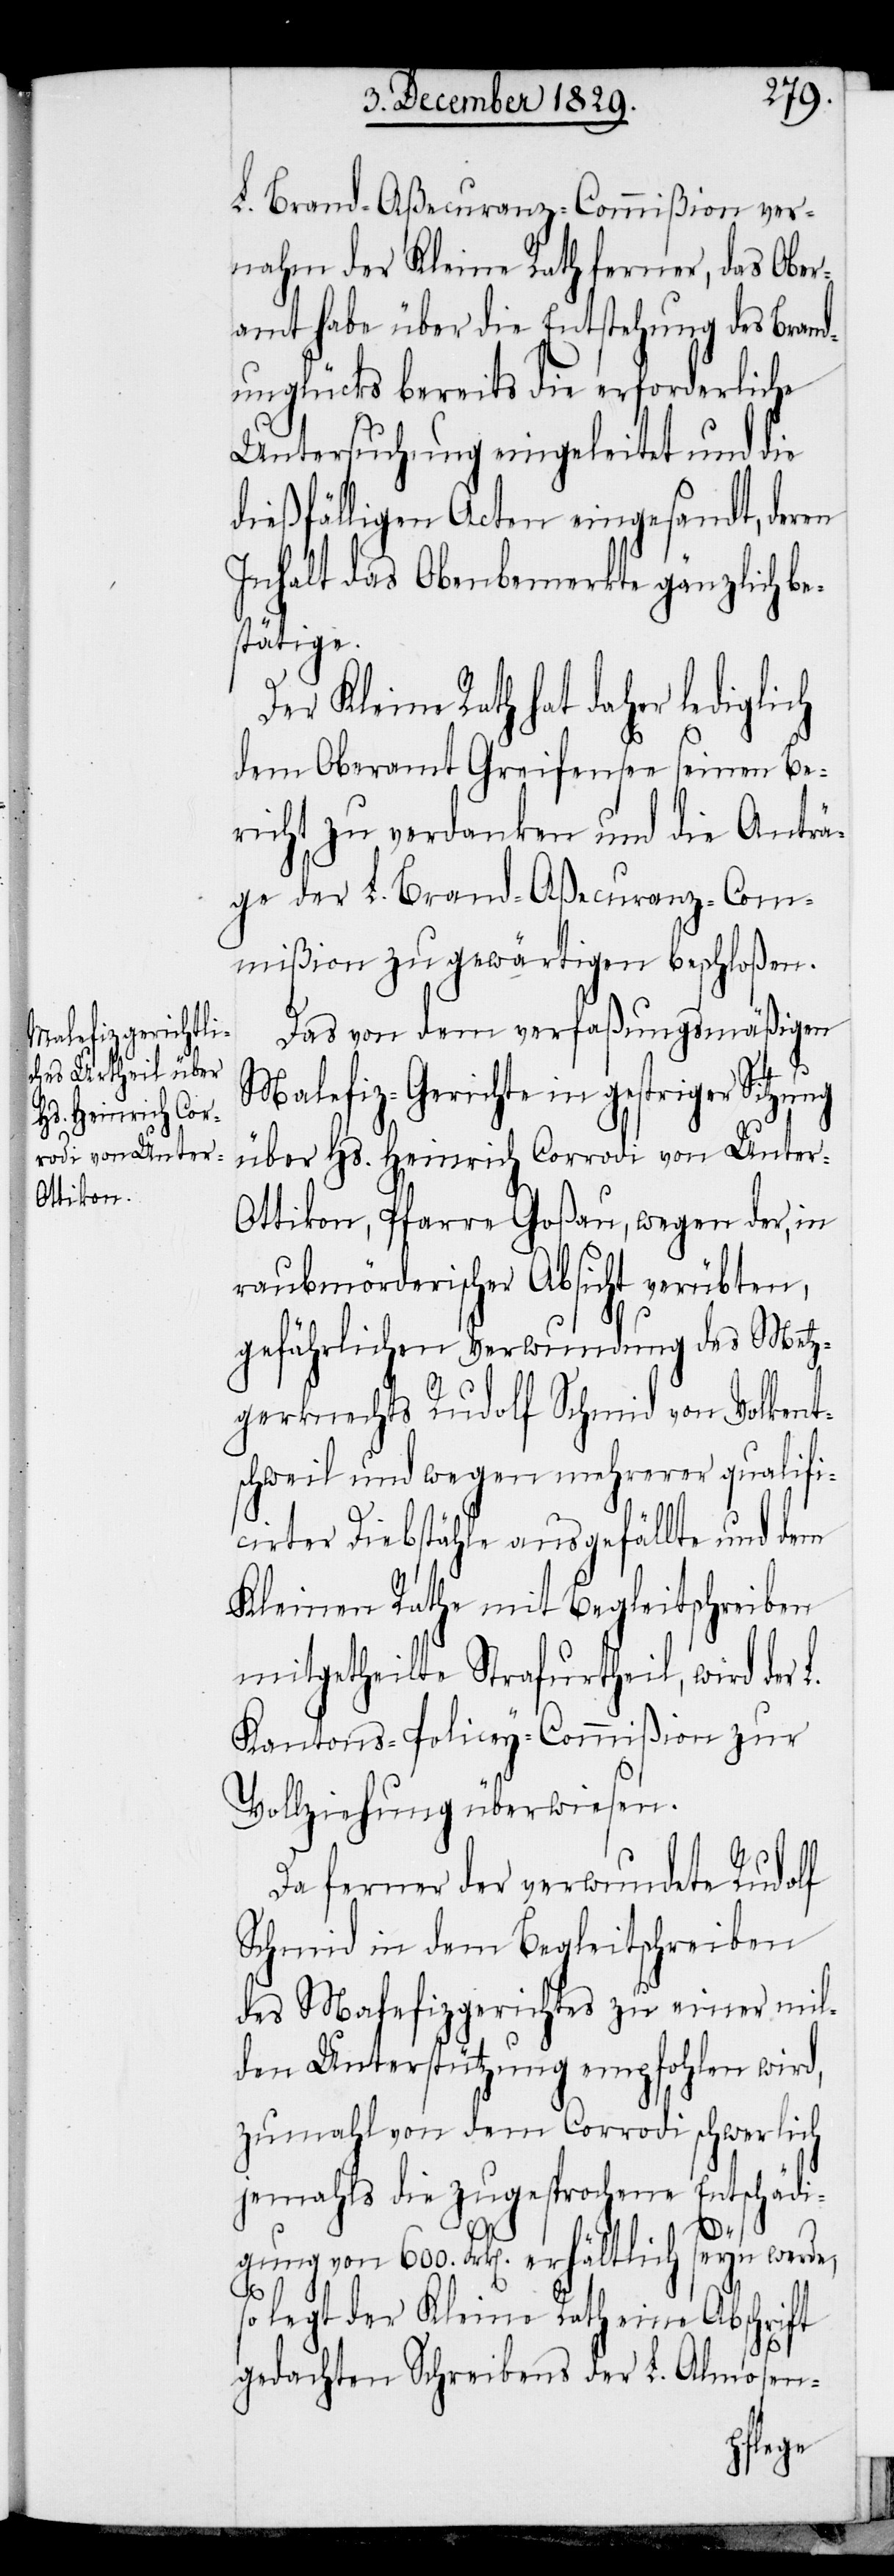
Brand-Aßecuranz-Commißion ver¬
nahm der Kleine Rath ferner, das Ober¬
amt habe über die Entstehung des Brand¬
unglücks bereits die erforderliche
Untersuchung eingeleitet und die
dießfälligen Acten eingesandt, deren
Inhalt das Obenbemerkte gänzlich be¬
stätige.
Der Kleine Rath hat daher lediglich
dem Oberamt Greifensee seinen Be¬
richt zu verdanken und die Anträ¬
ge der L. Brand-Aßecuranz-Com¬
mißion zu gewärtigen beschlossen.
Das von dem verfaßungsmäßigen
Malefiz-Gericht in gestriger Sitzung
über Hs. Heinrich Corrodi von Unter-O¬
ttikon, Pfarre Goßau, wegen der, in
raubmörderischer Absicht verübten,
gefährlichen Verwundung des Metz¬
gerknechts Rudolf Schmid von Volkent¬
schweil und wegen mehrerer qualifi¬
cirter Diebstähle ausgefällte und dem
Kleinen Rathe mit Begleitschreiben
mitgetheilte Strafurtheil, wird der
Kantons-Policey-Commißion zur
Vollziehung überweisen.
Da ferner der verwundete Rudolf
Schmid in dem Begleitschreiben
des Malefizgerichtes zu einer mil¬
den Unterstützung empfohlen wird,
zumahl von dem Corrodi schwerlich
jemahls die zugesprochene Entschädi¬
gung von 600. Frk[en]. erhältlich seyn werde,
so legt der Kleine Rath eine Abschrift
gedachten Schreibens der L. Almosen-